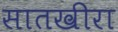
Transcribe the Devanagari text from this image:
सातखीरा